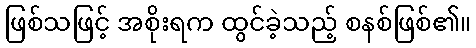
ဖြစ်သဖြင့် အစိုးရက ထွင်ခဲ့သည့် စနစ်ဖြစ်၏။